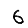
Digit: 6